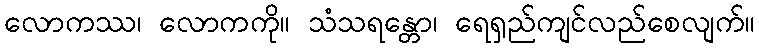
လောကဿ၊ လောကကို။ သံသရန္တော၊ ရေရှည်ကျင်လည်စေလျက်။